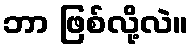
ဘာ ဖြစ်လို့လဲ။